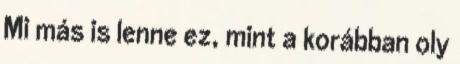
Mi más is lenne ez, mint a korábban oly